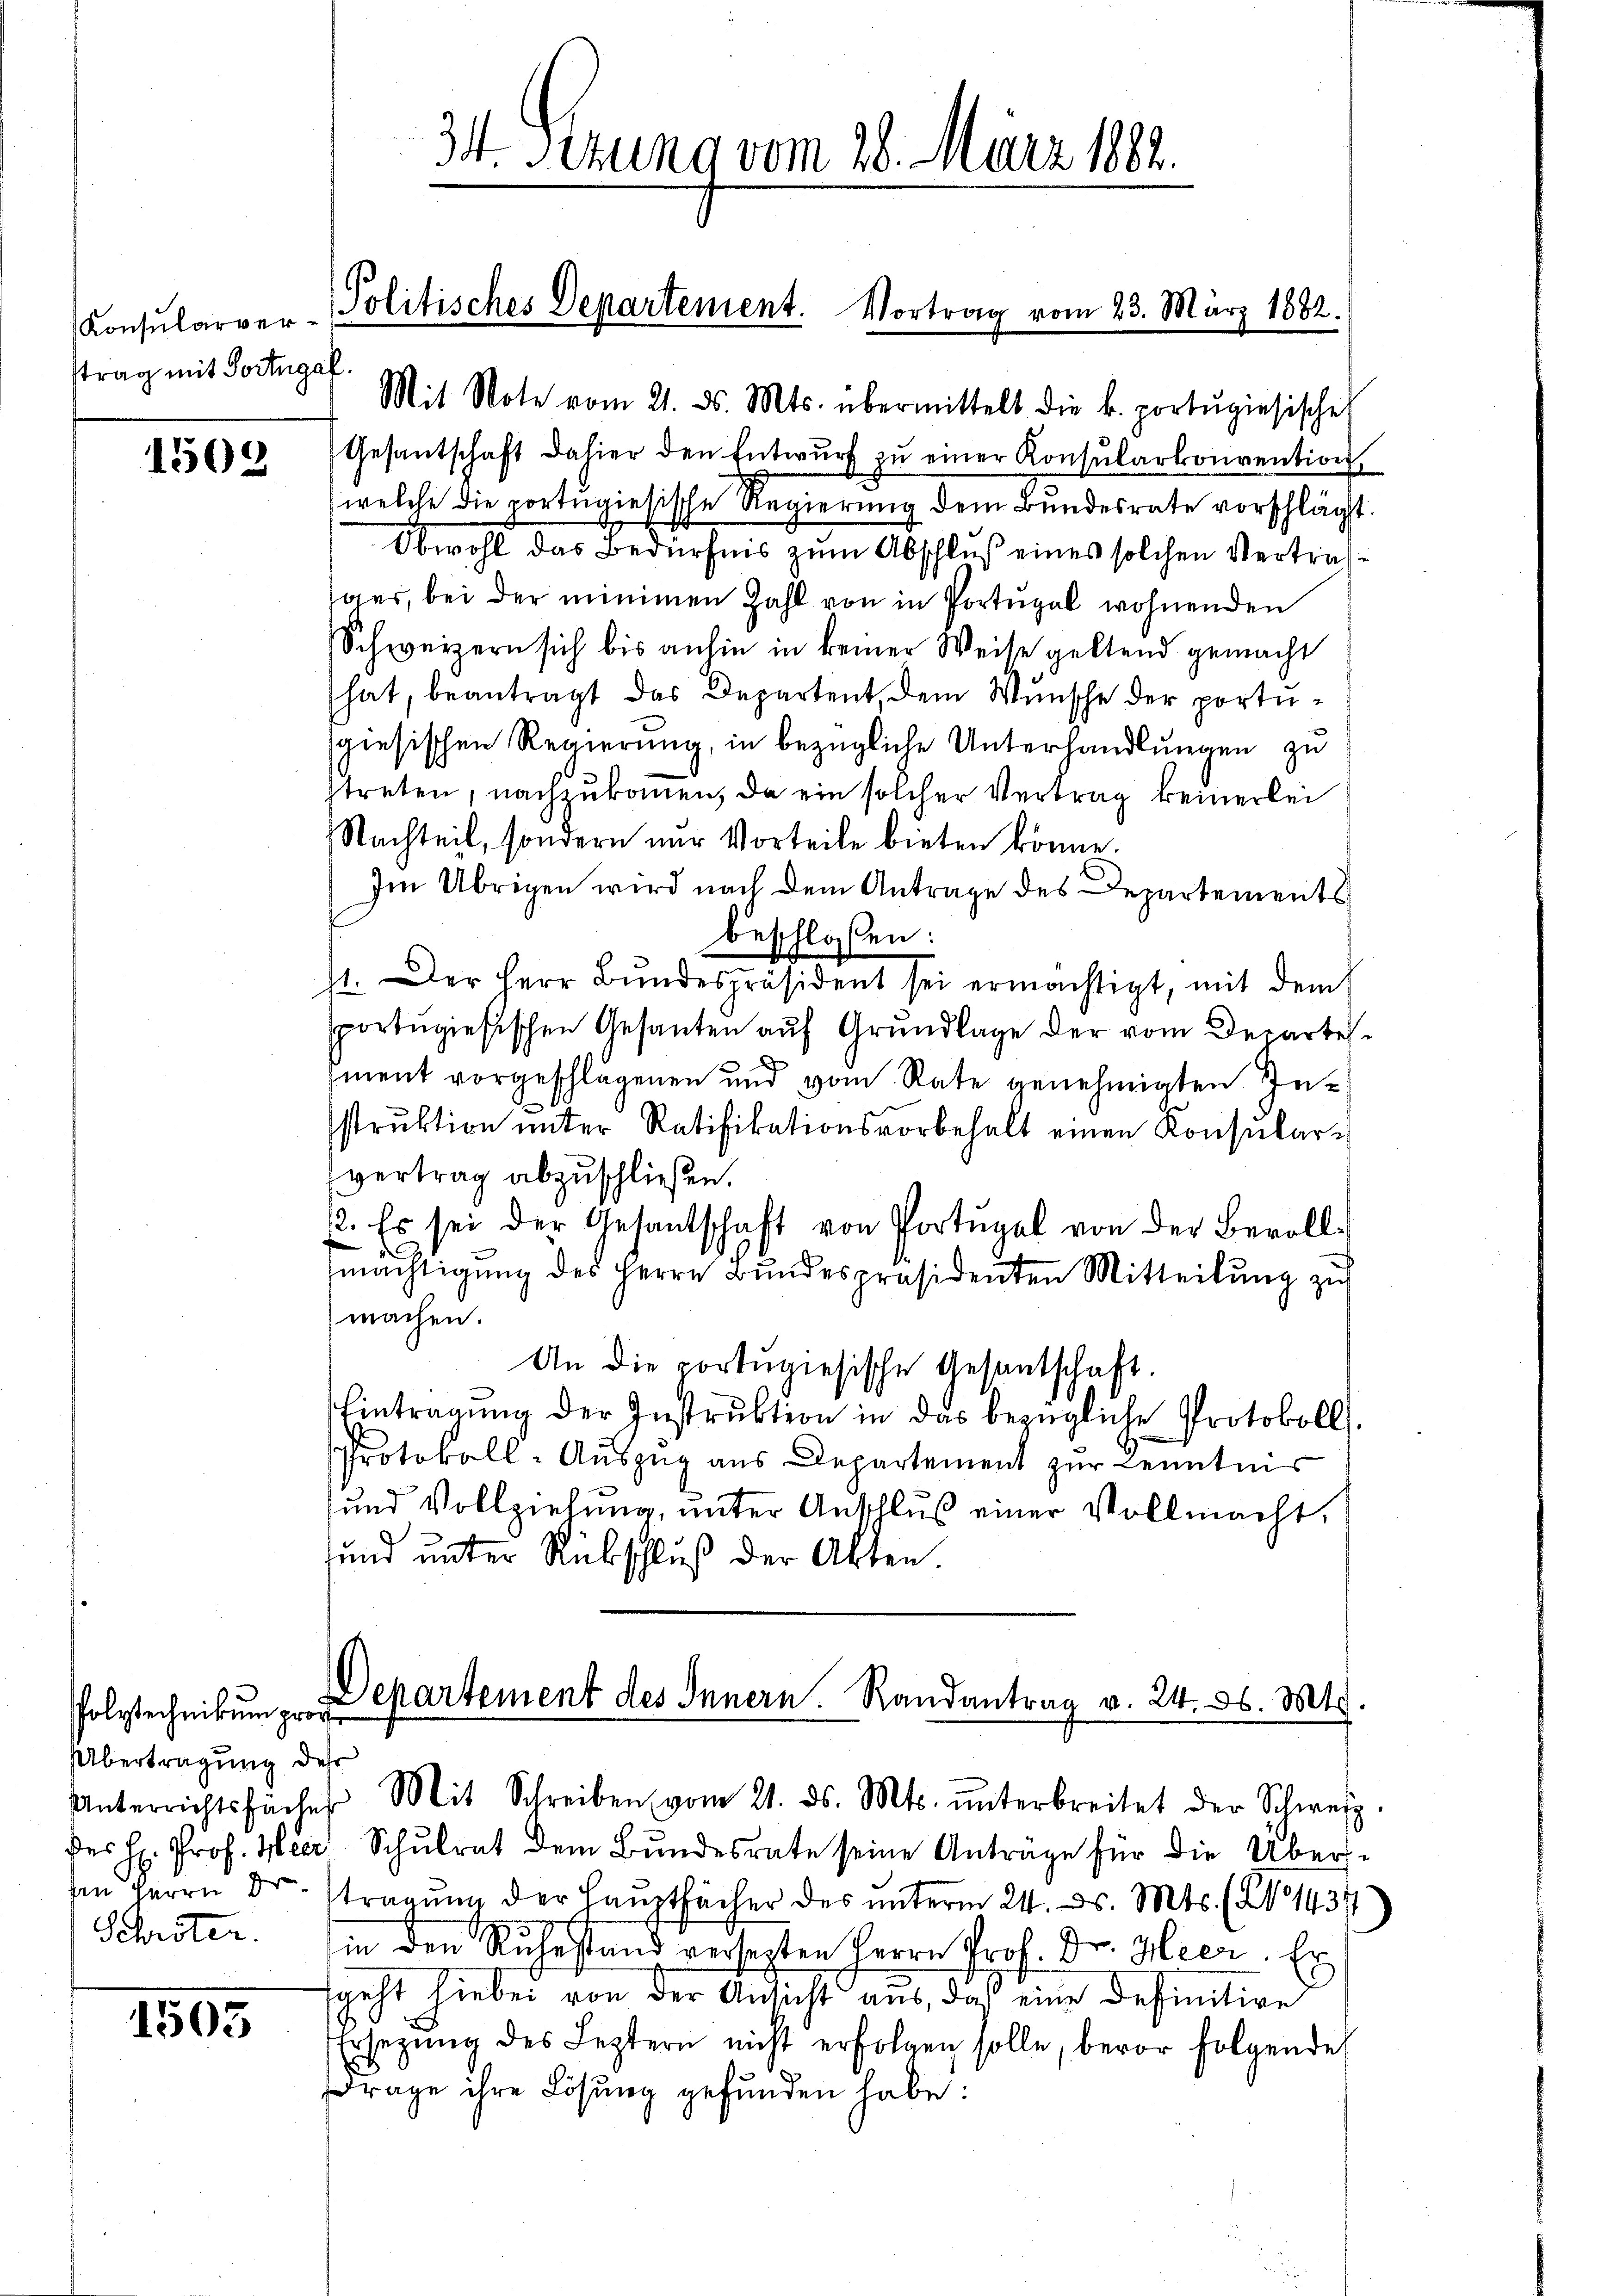
Konsularverstrag mit Portugal.

1502

holytechnikum groß
Übertragung des
Schröter.

1503

Politisches Departement. Vortrag vom 23. März 1882.

34 Sezung vom 28. März 182.

Mit Note vom 21. ds. Mts. übermittelt die k. portŭgiesisches
Gesantschaft dahier den Entwŭrf zŭ einer Konsularkonvention
welche die portugisische Regierung dem Bundesrate vorschlägt.
Obwohl das Bedürfnis zum Abschluß eines solchen Vertrichsaar, bei der minimen Zahl von in Portal wohnenden
Schweizern sich bis anhin in keiner Weise geltend gemacht
hat, beantragt das Departent, dem Wunsche der portugiesischen Regierung, in bezügliche Unterhandlungen zu
streten, nachzukommen, da ein solcher Vertrag keinerlei
Nachteil, sondern nur Vorteile bieten könne.
Im Übrigen wird nach dem Antrage des Departements
beschlossen:
11. Der Herr Bŭndespräsident sei ermächtigt, mit dem
sportugisischen Gesanten auf Grundlage der vom Departes
iment vorgeschlagenen und vom Rate genehmigten Instrŭktion ŭnter Ratifikationsvorbehalt einen Konsular-
vertrag abzuschließen.
12. Es sei der Gesantschaft von Portugal von der Bevollmächtigŭng des Herrn Bŭndespräsidenten Mitteilŭng zu
machen.
An die portugisische Gesantschaft.
Eintragŭng der Instrŭktion in das bezügliche Protokoll.
Protokoll-Auszug aus Departement zur Kenntnis
und Vollziehung, unter Anschluß einer Vollmacht.
sund unter Rückschluß der Akten

Departement des Innern. Randantrag v. 24. d. Mts
Unterrichtsfächer Mit Schreiben vom 21. ds. Mts. ŭnterbreitet der Schweiz.

des H. Prof. Heer, Schŭlrat dem Bŭndesrate seine Anträge für die Übers-
sen Herrn Dr. tragung der Hauptfächer des unterm 24. d. Mts. (Z 1434
in den Ruhestand versezten Herrn Prof. Dr. Heer. Er
fgeht hiebei von der Ansicht aus, daß eine Definitive
Ersezung des Leztern nicht erfolgen solle, bevor folgende
E
drage ihre Lösung gefunden habe: